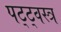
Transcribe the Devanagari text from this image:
पट्ट्वस्त्र